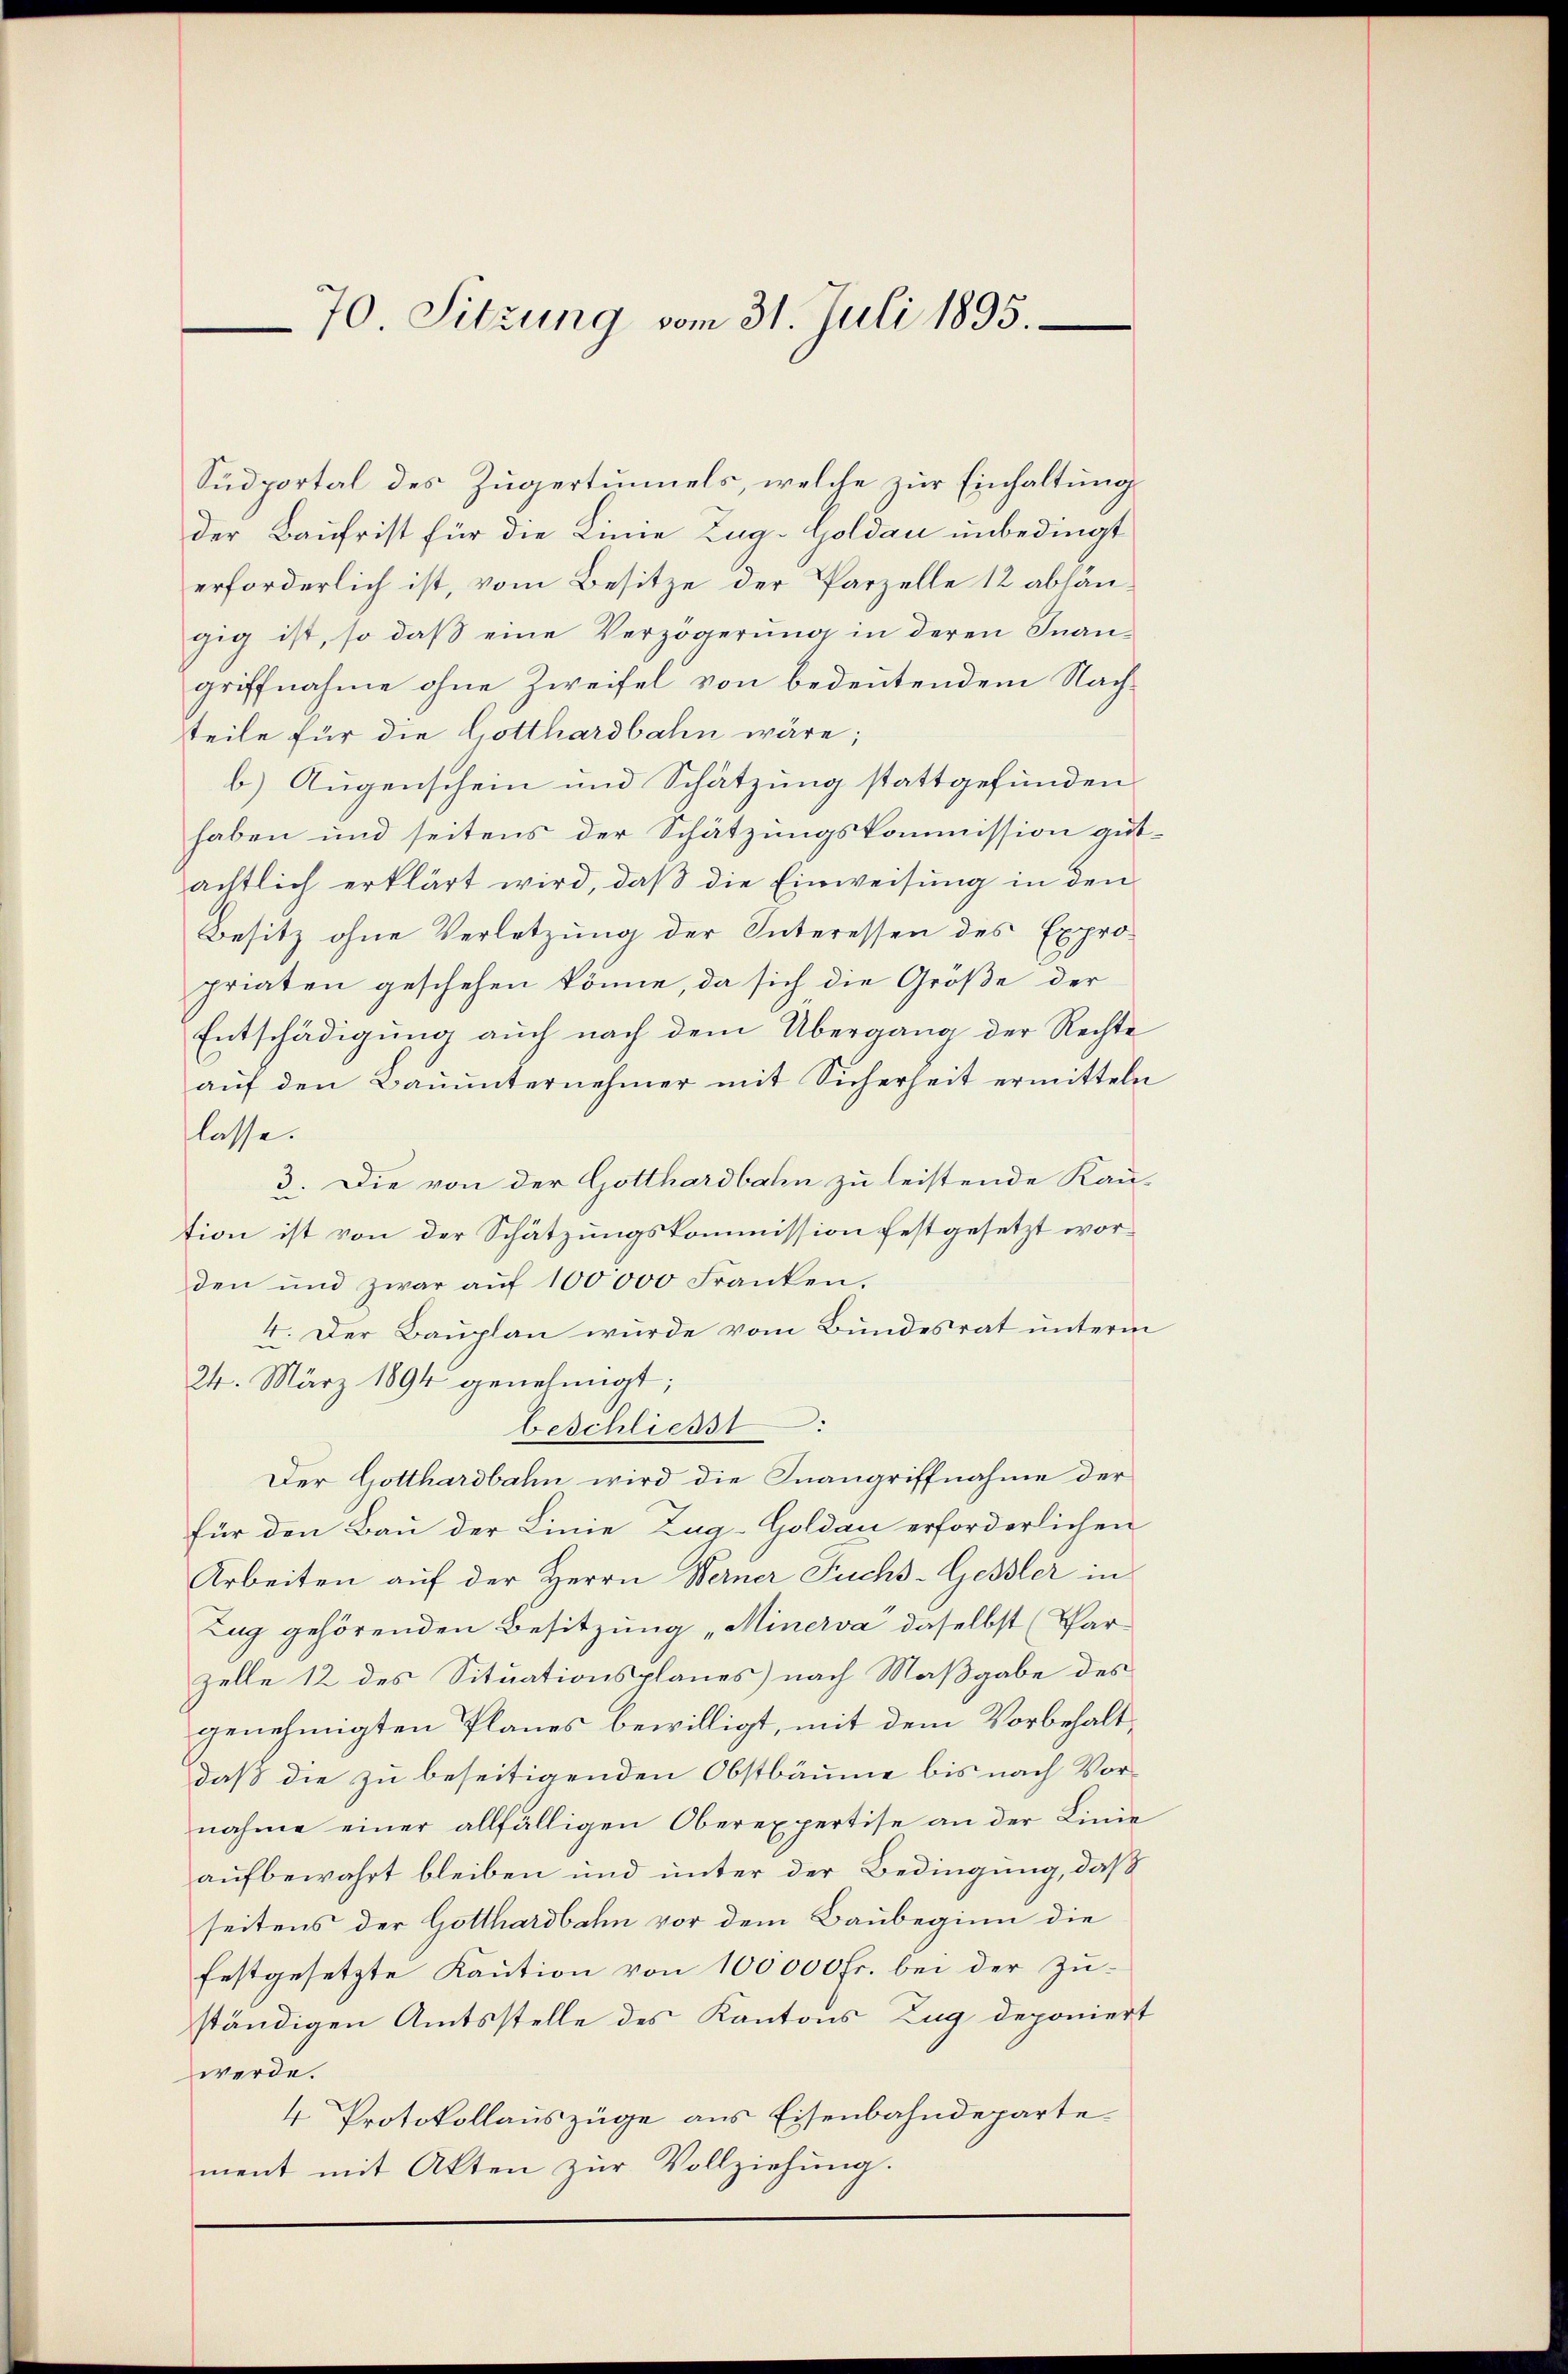
70. Sitzung vom 31. Juli 1895.

Südportal des Zugertunnels, welche zur Einhaltung
der Baufrist für die Linie Zug-Goldau unbedingt
erforderlich ist, vom Besitze der Parzelle 12 ablangig ist, so daß eine Verzögerung in deren Inangriffnahme ohne Zweifel von bedeutendem Nachteile für die Gotthardbahn wäre;
b) Augenschein und Schätzung stattgefunden
haben und seitens der Schätzungskommission gut.
ächtlich erklärt wird, daß die Einweisung in den
Besitz ohne Verletzung der Interessen des Expro-
priaten geschehen könne, da sich die Größe der
Entschädigung auch nach dem Übergang der Rechte
auf den Bauunternehmer mit Sicherheit ermitteln
lasse.
3. Die von der Gotthardbahn zu leistende Kau-
tion ist von der Schätzungskommission festgesetzt worden und zwar aŭf 100000 Franken.
4. Der Bauplan wurde vom Bundesrat unterm
24. März 1894 genehmigt;
beschliesst
Der Gotthardbahn wird die Inangriffnahme der
für den Bau der Linie Zug-Goldau erforderlichen
Arbeiten auf der Herrn Werner Fuchs-Gessler in
Zug gehörenden Besitzung „Minerva daselbst (Par¬
Zelle 12 des Situationsplanes) nach Maßgabe des
genehmigten Planes bewilligt, mit dem Vorbehaltdaß die zu beseitigenden Obstbäume bis nach Vornahme einer allfälligen Oberexpertise an der Linie
aufbewahrt bleiben und unter der Bedingung, daß
seitens der Gotthardbahn vor dem Baubeginn die
festgesetzte Kaution von 100000fr. bei der Zu-
ständigen Amtsstelle des Kantons Zug deponiert
werde.
4 Protokollauszüge aus Eisenbahndepartement mit Akten zŭr Vollziehung.